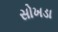
સોખડા